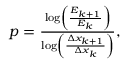
\begin{array} { r } { p = \frac { \log \left( \frac { E _ { k + 1 } } { E _ { k } } \right) } { \log \left( \frac { \Delta x _ { k + 1 } } { \Delta x _ { k } } \right) } , } \end{array}